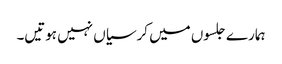
ہمارے جلسوں میں کرسیاں نہیں ہوتیں۔